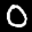
Label: 0